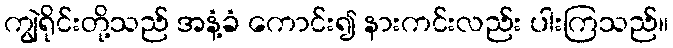
ကျွဲရိုင်းတို့သည် အနံ့ခံ ကောင်း၍ နားကင်းလည်း ပါးကြသည်။